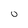
Character: 0